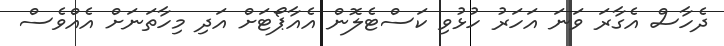
ދެހާސް އެގާރަ ވަނަ އަހަރު ހުޅުވި ކަސްޓެލޮން އެއާޕޯޓަށް އަދި މިހާތަނަށް އެއްވެސް